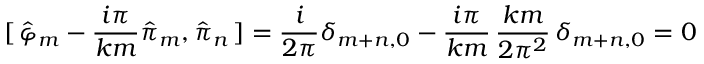
[ \, \hat { \varphi } _ { m } - \frac { i \pi } { k m } \hat { \pi } _ { m } , \hat { \pi } _ { n } \, ] = \frac { i } { 2 \pi } \delta _ { m + n , 0 } - \frac { i \pi } { k m } \, \frac { k m } { 2 \pi ^ { 2 } } \, \delta _ { m + n , 0 } = 0